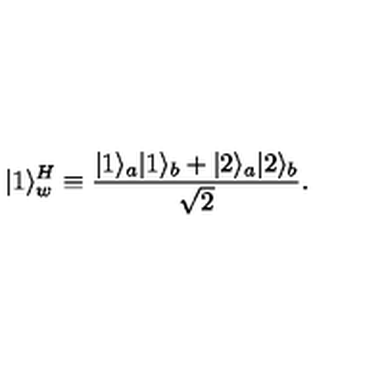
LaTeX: | 1 \rangle _ { w } ^ { H } \equiv { \frac { | 1 \rangle _ { a } | 1 \rangle _ { b } + | 2 \rangle _ { a } | 2 \rangle _ { b } } { \sqrt { 2 } } } .